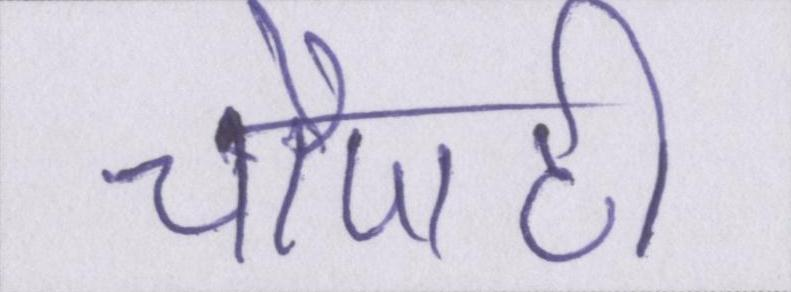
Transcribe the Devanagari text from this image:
चौपाटी